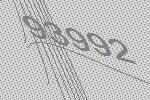
93992